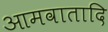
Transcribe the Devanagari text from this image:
आमवातादि